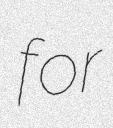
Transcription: for